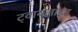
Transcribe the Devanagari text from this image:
ट्वायलाइट